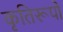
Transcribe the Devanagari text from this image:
कृतिरूपों